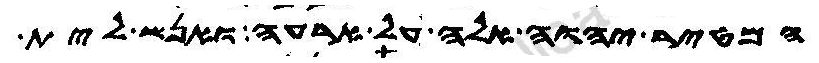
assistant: המטיר יהוה אלה על ארעה ואנש לית